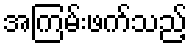
အကြမ်းဖက်သည့်